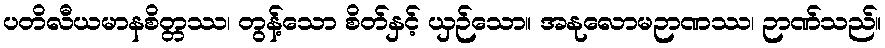
ပတိလီယမာနစိတ္တဿ၊ တွန့်သော စိတ်နှင့် ယှဉ်သော။ အနုလောမဉာဏဿ၊ ဉာဏ်သည်။